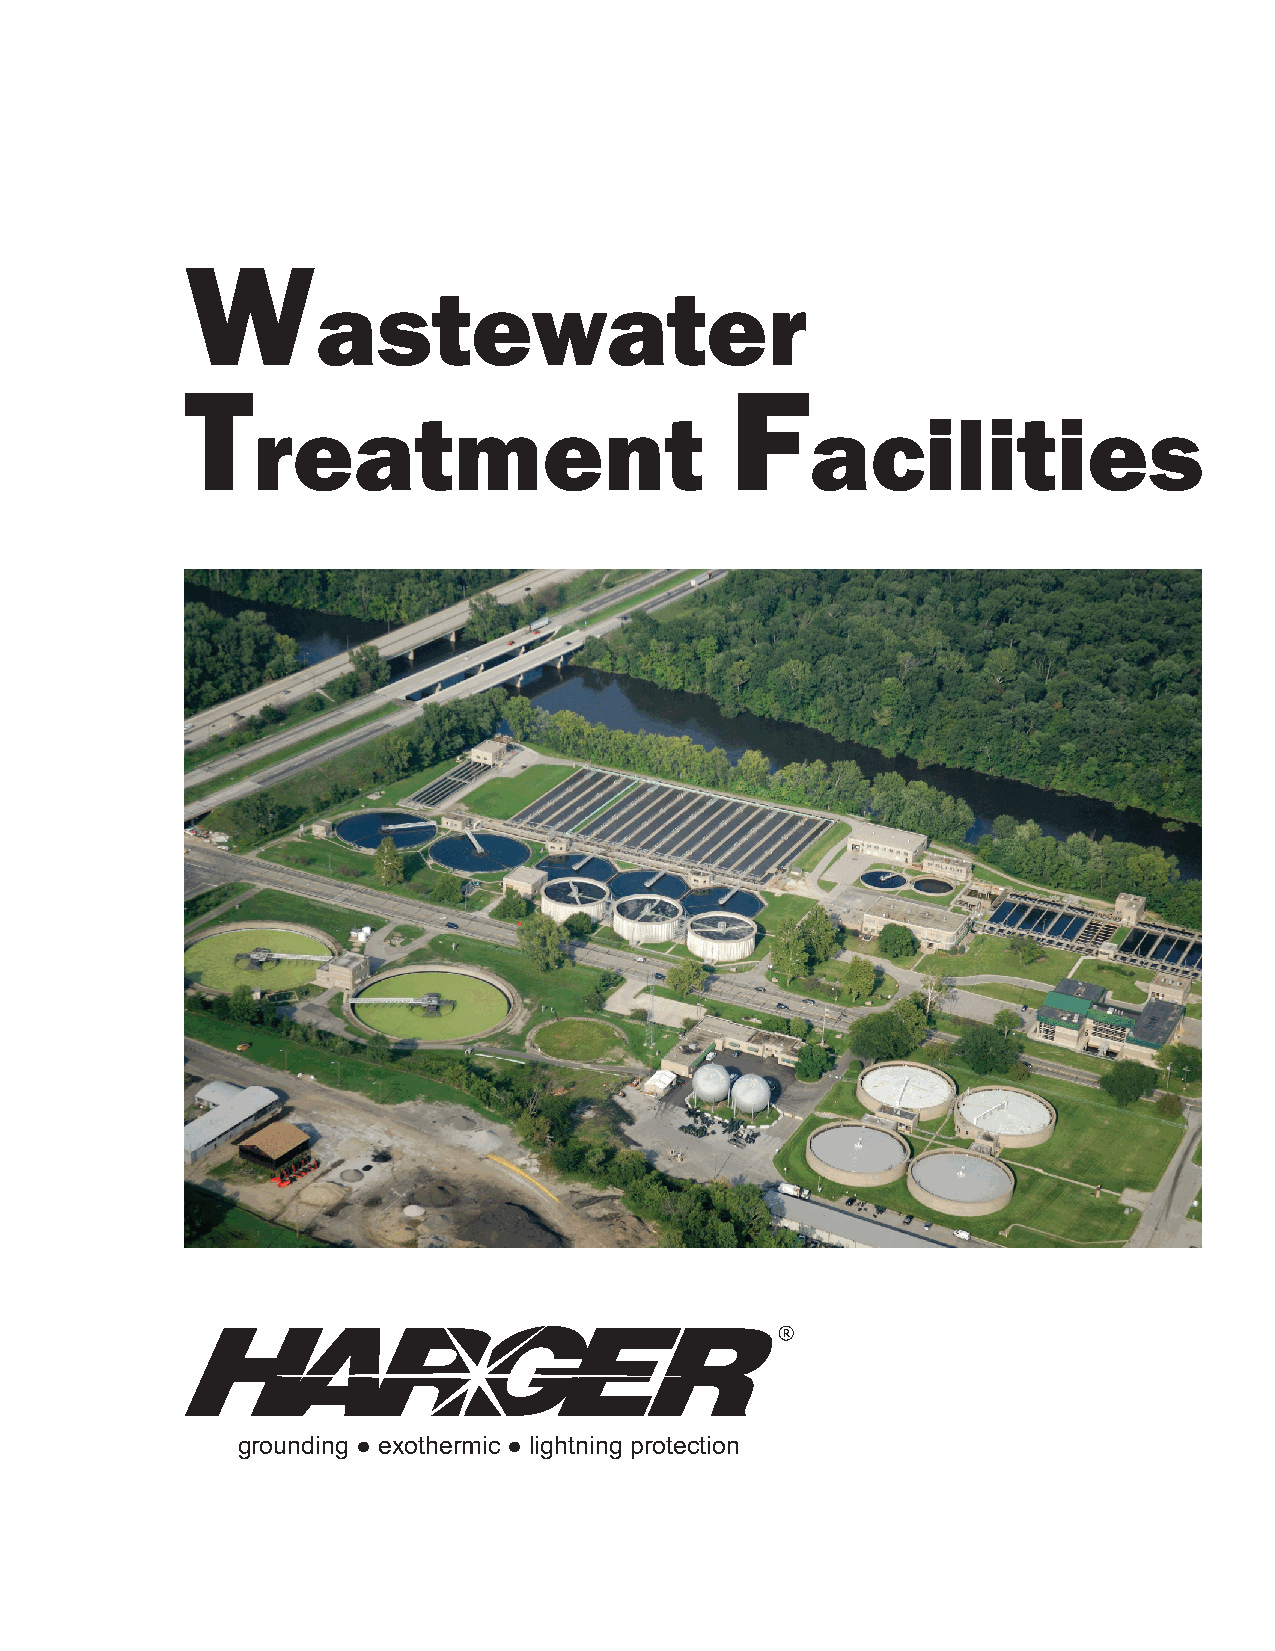
W
 astewater
 T                                   F
 reatment                             acilities
 ®
 grounding ● exothermic ● lightning protection